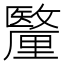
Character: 𮡟